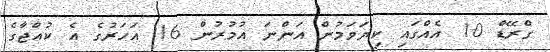
ގްރޭޑް 10 އެއްގައި ކިޔަވަމުން އަންނަ އުމުރުން 16 އަހަރުގެ އެ ކުއްޖާގެ